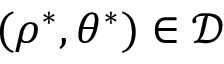
( \rho ^ { \ast } , \theta ^ { \ast } ) \in \mathcal { D }